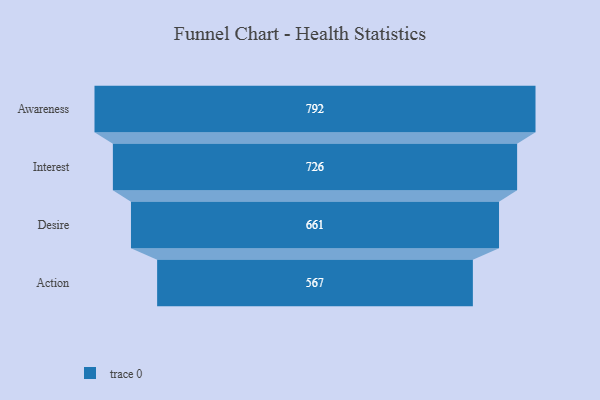
{"axis": {"x": "Stage", "y": "Value"}, "legend": [""], "data": [{"x": "Awareness", "y": 792.0, "type": ""}, {"x": "Interest", "y": 726.0, "type": ""}, {"x": "Desire", "y": 661.0, "type": ""}, {"x": "Action", "y": 567.0, "type": ""}]}